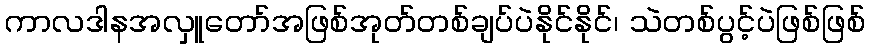
ကာလဒါနအလှူတော်အဖြစ်အုတ်တစ်ချပ်ပဲနိုင်နိုင်၊ သဲတစ်ပွင့်ပဲဖြစ်ဖြစ်